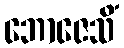
ဘောဇေသိံ